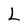
Character: L